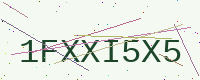
Text: 1FXXI5X5